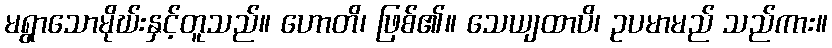
မရွာသောမိုဃ်းနှင့်တူသည်။ ဟောတိ၊ ဖြစ်၏။ သေယျထာပိ၊ ဥပမာမည် သည်ကား။